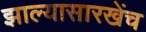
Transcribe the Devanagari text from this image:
झाल्यासारखेंच